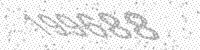
Solution: 199688